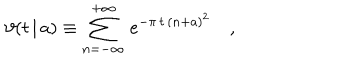
\vartheta ( t \, | \, a ) \equiv \sum _ { n = - \infty } ^ { + \infty } \, e ^ { - \pi \, t \, ( n + a ) ^ { 2 } } \quad ,